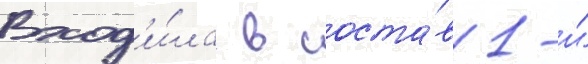
Вход'и́ла в соста́в 1-и́